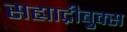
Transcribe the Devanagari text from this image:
सह्याद्रीबुक्स